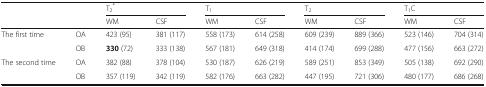
| <ROWSPAN=2-COLSPAN=2>  | <COLSPAN=2> T2* | <COLSPAN=2> T1 | <COLSPAN=2> T2 | <COLSPAN=2> T1C |
 | WM | CSF | WM | CSF | WM | CSF | WM | CSF |
 | --- | --- | --- | --- | --- | --- | --- | --- | --- | --- |
 | <ROWSPAN=2> The first time | OA | 423 (95) | 381 (117) | 558 (173) | 614 (258) | 609 (239) | 889 (366) | 523 (146) | 704 (314) |
 | OB | 330 (72) | 333 (138) | 567 (181) | 649 (318) | 414 (174) | 699 (288) | 477 (156) | 663 (272) |
 | <ROWSPAN=2> The second time | OA | 382 (88) | 378 (104) | 530 (187) | 626 (219) | 589 (251) | 853 (349) | 505 (138) | 692 (290) |
 | OB | 357 (119) | 342 (119) | 582 (176) | 663 (282) | 447 (195) | 721 (306) | 480 (177) | 686 (268) |